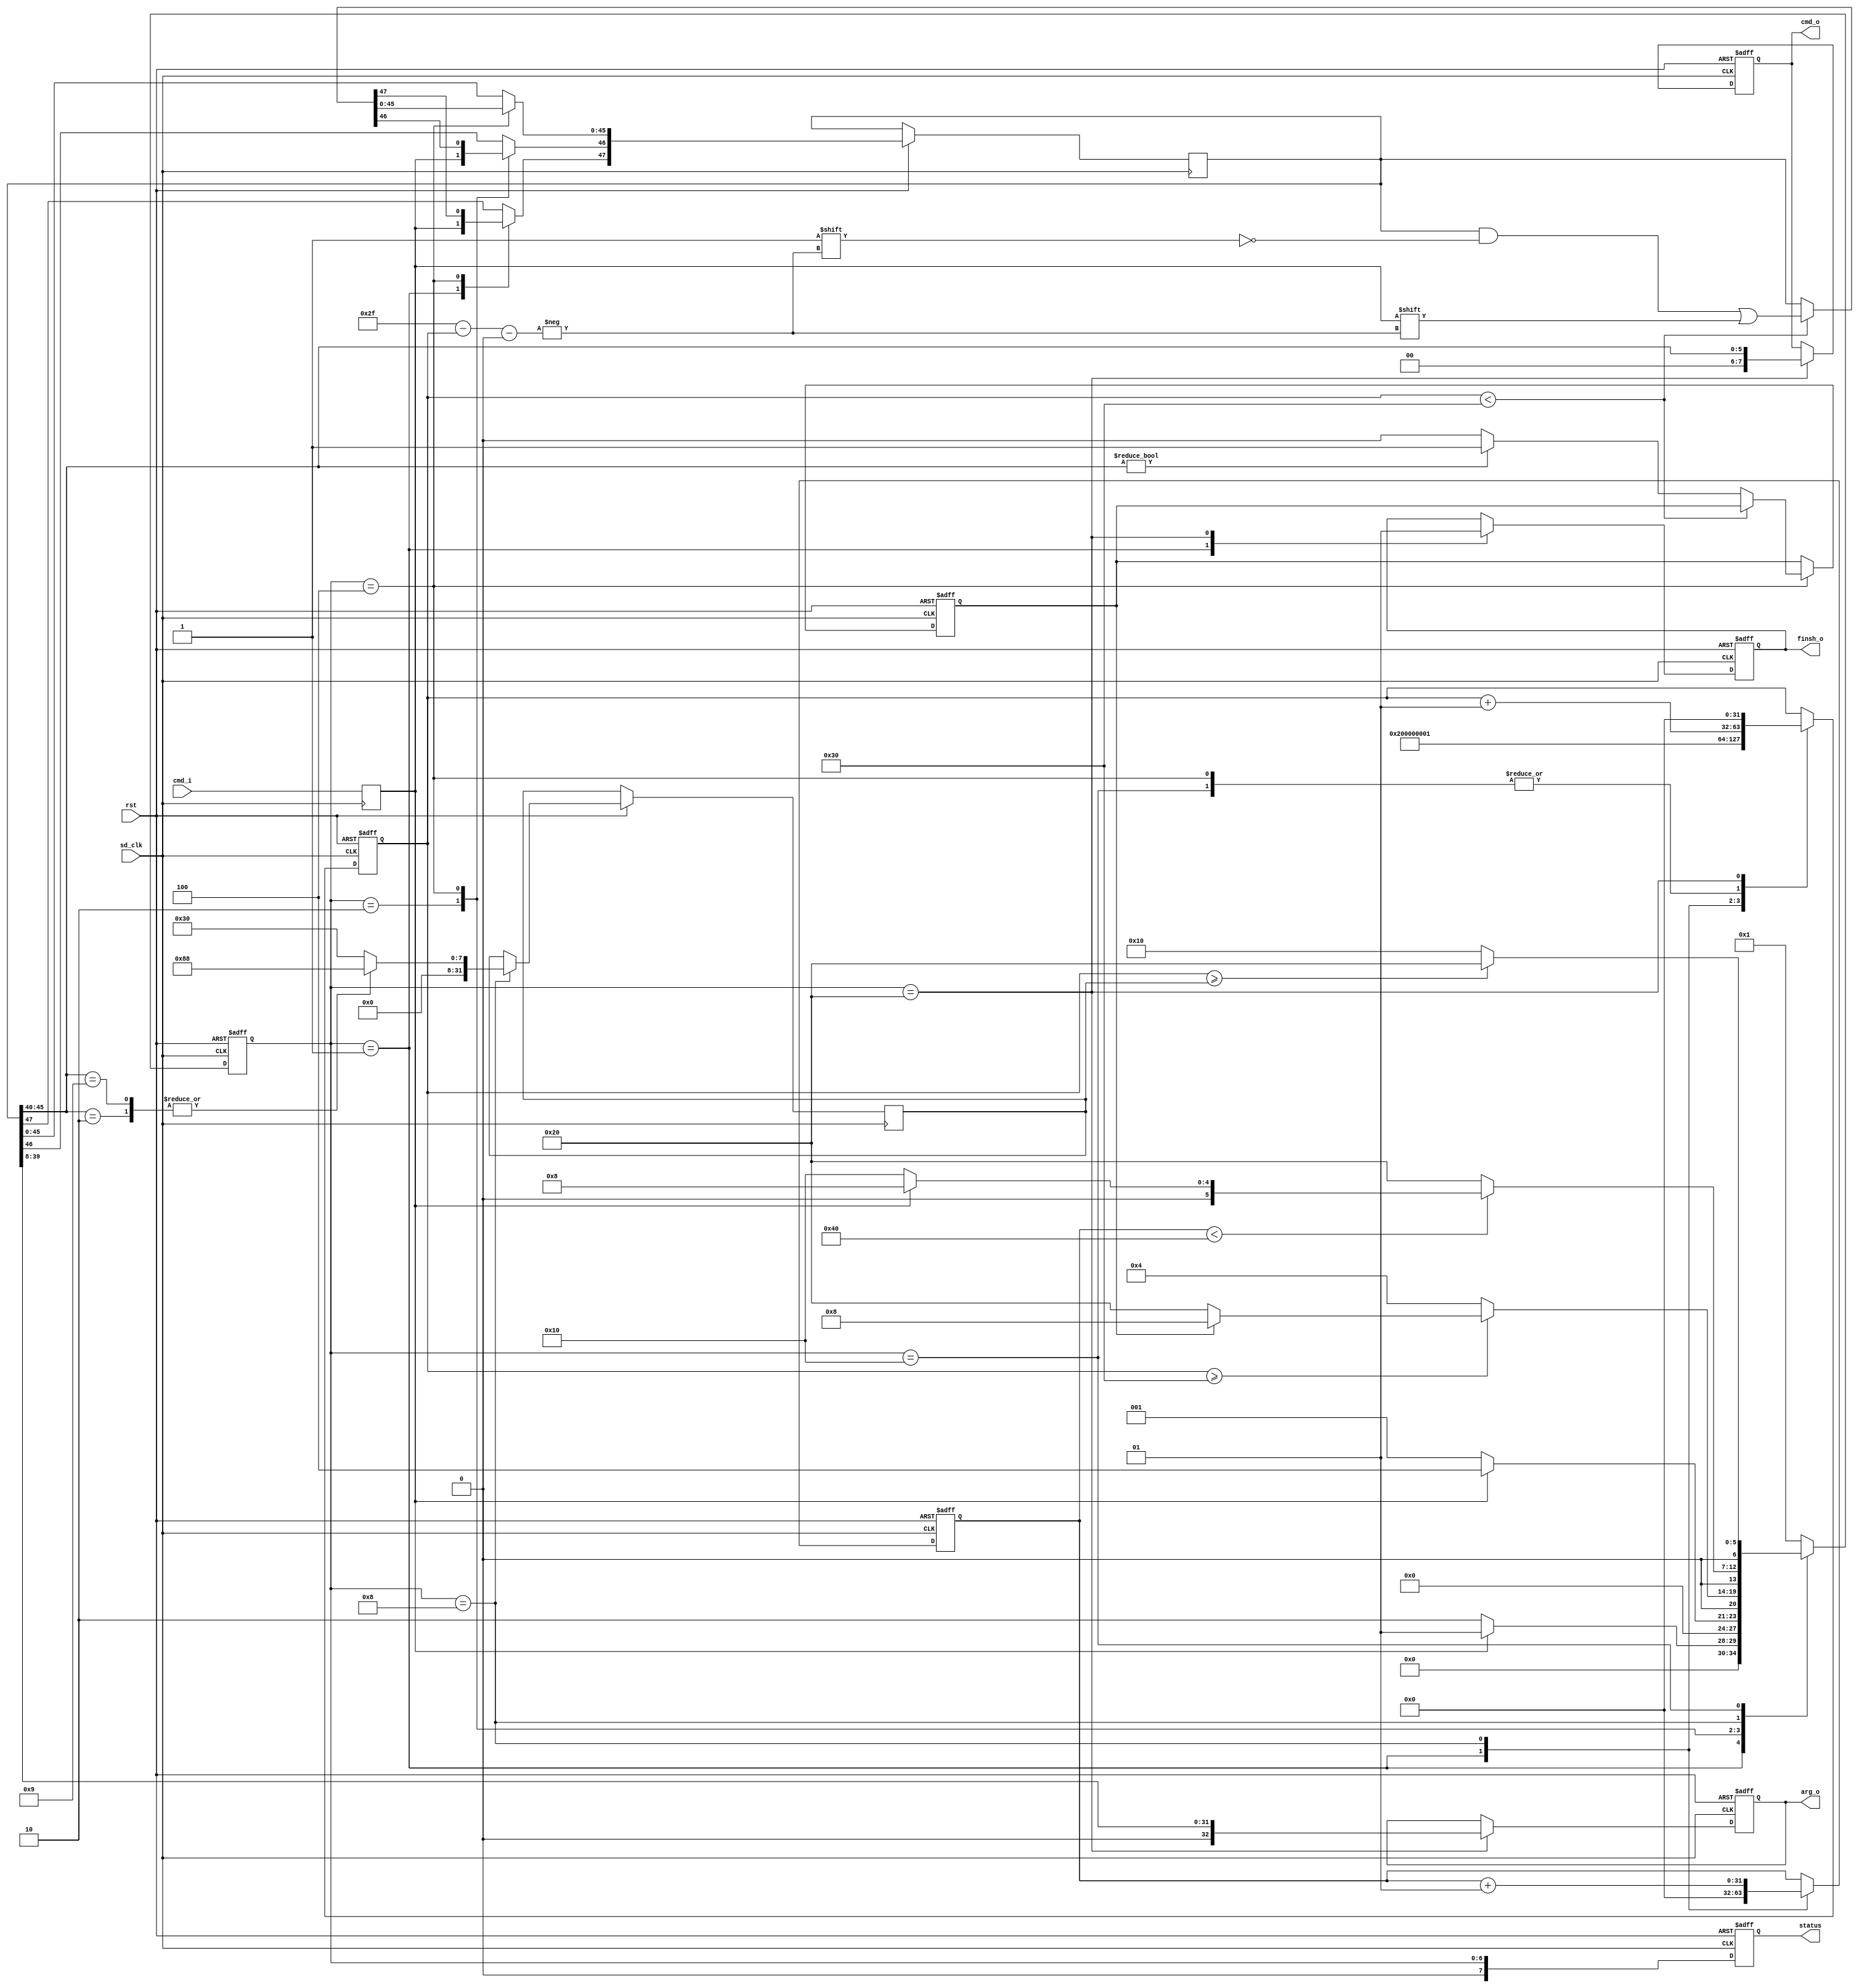
`timescale 1ns / 10ps
//////////////////////////////////////////////////////////////////////////////////
// Company: 
// Engineer: 
// 
// Design Name: 
// Module Name:    sdio_sample 
// Project Name: 
// Target Devices: 
// Tool versions: 
// Description: 
//
// Dependencies: 
//
// Revision: 
// Revision 0.01 - File Created
// Additional Comments: 
//
//////////////////////////////////////////////////////////////////////////////////
module sdio_sample(
		rst, 
		sd_clk, 
		cmd_i, 
		cmd_o, 
		arg_o,
		finsh_o,
		status
		);
input rst;
input sd_clk;
input cmd_i;
output reg [7:0]cmd_o;
output reg [32:0]arg_o;
output reg finsh_o;
output reg [7:0] status;
//-------------Internal Constant-------------
parameter INIT_DELAY = 4;
parameter BITS_TO_SEND = 48;
parameter CMD_SIZE = 48;
parameter RESP_SIZE = 136;
parameter MAXLAT = 64;
//---------------Internal variable-----------
reg cmd_dat_reg;
reg [CMD_SIZE-1:0] cmd_buff;
reg [RESP_SIZE-1:0] resp_buff;
//-Internal Counterns
integer resp_cnt;
integer counter;
integer resp_len;
reg with_response;
//-State Machine
reg [6:0]capstate;
reg [6:0]next_st;
parameter IDLE = 7'h01, FOUND_START = 7'h02, FOUND_CMD = 7'h04, WAIT_RESP = 7'h08, 
		FOUND_RESP = 7'h10, FINSH_CAP = 7'h20;

`define cmd_idx  (CMD_SIZE-1-counter) 
`define resp_idx  (RESP_SIZE-1-counter) 

always @(posedge sd_clk)
	cmd_dat_reg <= cmd_i;

always @(capstate or cmd_dat_reg or counter or with_response or resp_len)
begin
	case(capstate)
		IDLE: begin
			if (!cmd_dat_reg)
				next_st <= FOUND_START;
			else
				next_st <= IDLE;
		end
		FOUND_START: begin
			if (cmd_dat_reg)
				next_st <= FOUND_CMD;
			else
				next_st <= IDLE;
		end
		FOUND_CMD: begin
			if (counter >= CMD_SIZE)
				if (with_response)
					next_st <= WAIT_RESP;
				else
					next_st <= FINSH_CAP;
			else
				next_st <= FOUND_CMD;
		end
		WAIT_RESP: begin
			if (resp_cnt < MAXLAT) begin
				if (!cmd_dat_reg)
					next_st <= FOUND_RESP;
				else
					next_st <= WAIT_RESP;
			end
			else begin
				next_st <= FINSH_CAP;
			end
		end
		FOUND_RESP: begin
			if (counter >= resp_len)
				next_st <= FINSH_CAP;
			else
				next_st <= FOUND_RESP;
		end
		FINSH_CAP: begin
			next_st <= IDLE;
		end
		default: begin
			next_st <= IDLE;
		end
	endcase
end

always @(posedge sd_clk or negedge rst)
begin
	if (!rst)
		capstate <= IDLE;
	else
		capstate <= next_st;
end

always @(posedge sd_clk or negedge rst)
begin
	if (!rst) begin
		cmd_o <= 0;
		arg_o <= 0;
		finsh_o <= 0;
		resp_cnt <= 0;
		counter <= 0;
		with_response <= 0;
		status <= 0;
	end
	else begin
		status <= capstate;
		case (capstate)
			IDLE: begin
				finsh_o <= 0;
				resp_cnt <= 0;
				counter <= 2;
				cmd_buff[CMD_SIZE-1] <= cmd_dat_reg;
			end
			FOUND_START: begin
				//counter <= counter + 1;
				cmd_buff[CMD_SIZE-2] <= cmd_dat_reg;
			end
			FOUND_CMD: begin
				//counter <= counter + 1;
				if (counter < CMD_SIZE)
					cmd_buff[`cmd_idx] <= cmd_dat_reg;
				else begin
					if (cmd_buff[45:40] != 6'd0) begin
						with_response <= 1'b1;
						counter <= 0;
					end
					else
						with_response <= 1'b0;
				end
				counter <= counter + 1;
			end
			WAIT_RESP: begin
				case(cmd_buff[45:40])
					6'd2: resp_len <= 136; //CMD2
					6'd9: resp_len <= 136; //CMD9
					default: resp_len <= 48;
				endcase
				counter <= 1;
				resp_buff[RESP_SIZE-1] <= cmd_dat_reg;
				resp_cnt <= resp_cnt + 1;
			end
			FOUND_RESP: begin
				//counter <= counter + 1;
				if (counter < resp_len)
					resp_buff[`resp_idx] <= cmd_dat_reg;
				counter <= counter + 1;
			end
			FINSH_CAP: begin
				//if (cmd_buff[45:40] == resp_buff[133:128]) begin
					cmd_o <= cmd_buff[45:40];
					arg_o <= cmd_buff[39:8];
					finsh_o <= 1;
					counter <= 0;
					//$display("		%b", cmd_buff);
				//end
			end
		endcase
		
		//$monitor("       %b", capstate);
		//$monitor("       %b", cmd_buff);
	end
end

endmodule